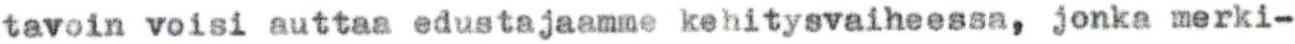
tavoin voisi auttaa edustajaamme kehitysvaiheessa, jonka merki-